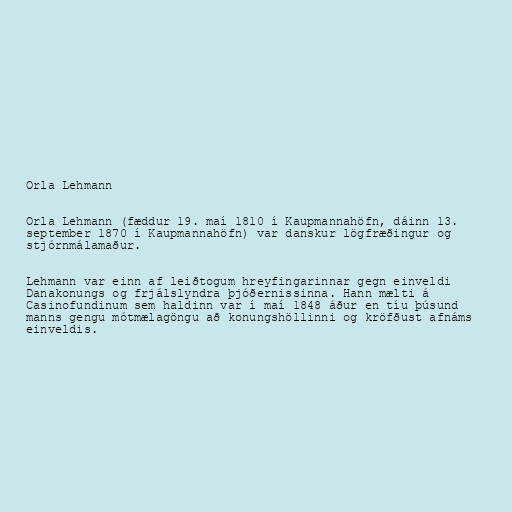
Orla Lehmann

Orla Lehmann (fæddur 19. maí 1810 í Kaupmannahöfn, dáinn 13.
september 1870 í Kaupmannahöfn) var danskur lögfræðingur og
stjórnmálamaður.

Lehmann var einn af leiðtogum hreyfingarinnar gegn einveldi
Danakonungs og frjálslyndra þjóðernissinna. Hann mælti á
Casinofundinum sem haldinn var í maí 1848 áður en tíu þúsund
manns gengu mótmælagöngu að konungshöllinni og kröfðust afnáms
einveldis.